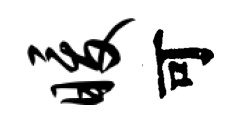
暖可